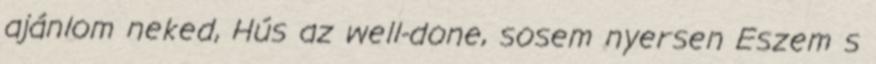
ajánlom neked, Hús az well-done, sosem nyersen Eszem s